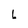
Character: L